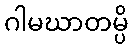
ဂါမဃာတမ္ပိ